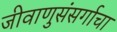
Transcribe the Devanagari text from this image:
जीवाणुसंसर्गाचा